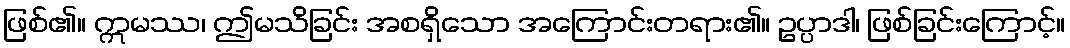
ဖြစ်၏။ ဣမဿ၊ ဤမသိခြင်း အစရှိသော အကြောင်းတရား၏။ ဥပ္ပာဒါ၊ ဖြစ်ခြင်းကြောင့်။